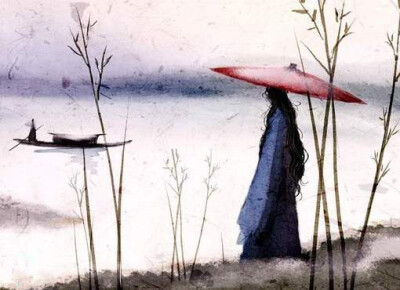
醉不成欢惨将别，别时茫茫江浸月。